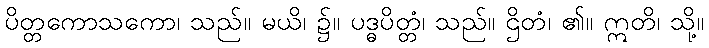
ပိတ္တကောသကော၊ သည်။ မယိ၊ ၌။ ပဒ္ဓပိတ္တံ၊ သည်။ ဌိတံ၊ ၏။ ဣတိ၊ သို့။